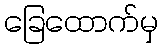
ခြေထောက်မှ